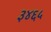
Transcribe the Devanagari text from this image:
३४६५